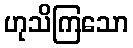
ဟုသိကြသော